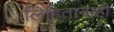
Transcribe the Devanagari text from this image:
लिहितानाही